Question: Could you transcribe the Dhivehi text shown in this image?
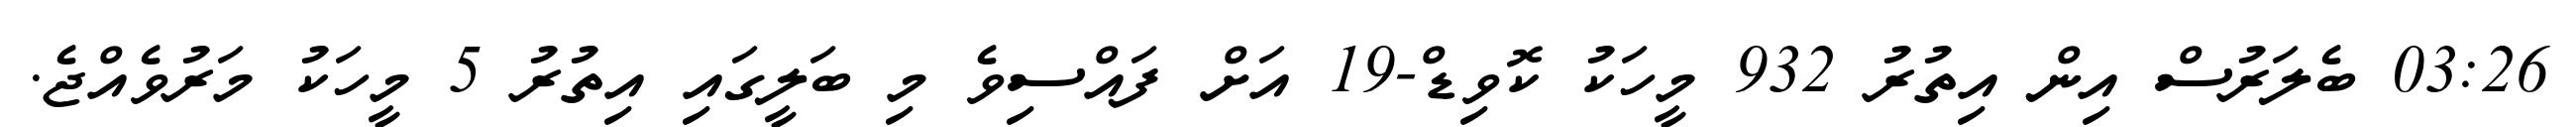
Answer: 03:26 ބެލަރުސް އިން އިތުރު 932 މީހަކު ކޮވިޑް-19 އަށް ފައްސިވެ މި ބަލީގައި އިތުރު 5 މީހަކު މަރުވެއްޖެ.